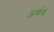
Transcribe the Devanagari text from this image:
अर्णब